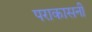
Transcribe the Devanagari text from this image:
पराकासनी